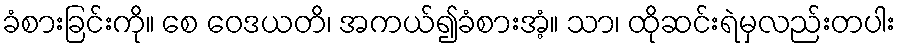
ခံစားခြင်းကို။ စေ ဝေဒယတိ၊ အကယ်၍ခံစားအံ့။ သာ၊ ထိုဆင်းရဲမှလည်းတပါး